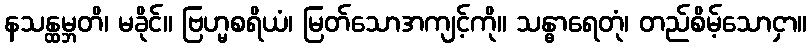
နသန္ထမ္ဘတိ၊ မခိုင်။ ဗြဟ္မစရိယံ၊ မြတ်သောအကျင့်ကို။ သန္ဓာရေတုံ၊ တည်စိမ့်သောငှာ။